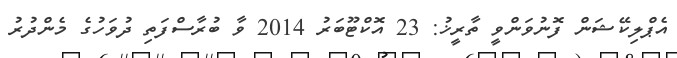
އެޕްލިކޭޝަން ފޮނުވަންވީ ތާރީޚު: 23 އޮކްޓޫބަރު 2014 ވާ ބުރާސްފަތި ދުވަހުގެ މެންދުރު